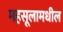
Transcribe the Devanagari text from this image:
महसूलामधील